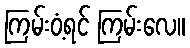
ကြမ်းဝံ့ရင် ကြမ်းလေ။